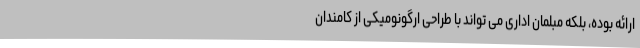
ارائه بوده، بلکه مبلمان اداری می تواند با طراحی ارگونومیکی از کامندان